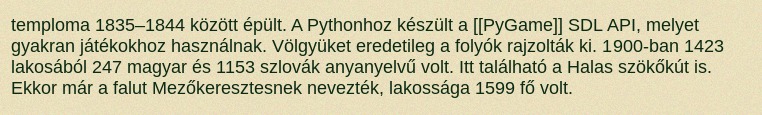
temploma 1835–1844 között épült. A Pythonhoz készült a [[PyGame]] SDL API, melyet gyakran játékokhoz használnak. Völgyüket eredetileg a folyók rajzolták ki. 1900-ban 1423 lakosából 247 magyar és 1153 szlovák anyanyelvű volt. Itt található a Halas szökőkút is. Ekkor már a falut Mezőkeresztesnek nevezték, lakossága 1599 fő volt.